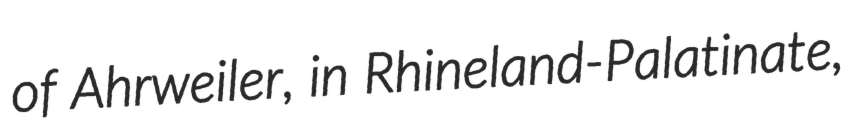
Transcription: of Ahrweiler, in Rhineland-Palatinate,